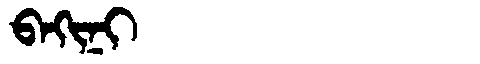
Manchu: ᠪᠠᡴᡳᠨᡳ
Romanization: BAKINI